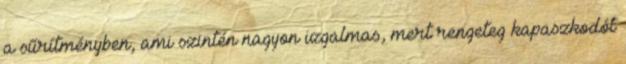
a sűrítményben, ami szintén nagyon izgalmas, mert rengeteg kapaszkodót